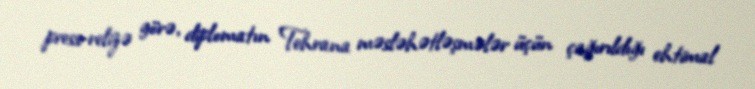
press-relizə görə, diplomatın Tehrana məsləhətləşmələr üçün çağırıldığı ehtimal